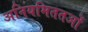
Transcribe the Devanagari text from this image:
अनियमिततओं